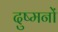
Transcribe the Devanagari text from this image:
दुष्मनों